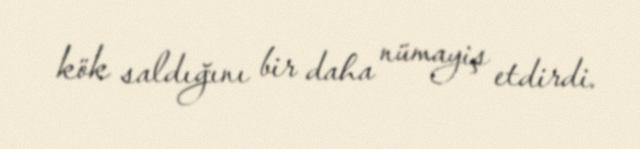
kök saldığını bir daha nümayiş etdirdi.